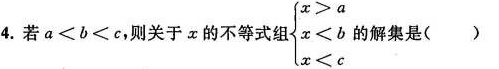
4.若$$a ≤ b ≤ c$$，则关于x的不等式组$$\begin{cases}